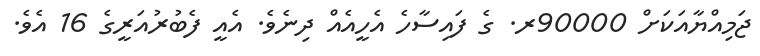
ޖަމިއްޔާއަކަށް 90000ރ. ގެ ފައިސާހެ އެހީއެއް ދިނެވެ. އެއީ ފެބުރުއަރީގެ 16 އެެވެ.